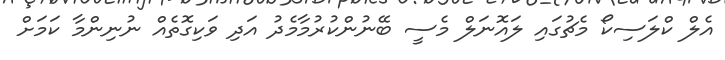
އެލް ކްލަސިކޯ މެޗުގައި ލައޮނަލް މެސީ ބޭނުންކުރުމާމެދު އަދި ވަކިގޮތެއް ނުނިންމާ ކަމަށް